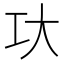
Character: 𰋚